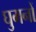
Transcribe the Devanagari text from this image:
घुमनों